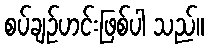
စပ်ချဉ်ဟင်းဖြစ်ပါ သည်။